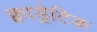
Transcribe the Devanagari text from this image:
क्वाड्रेटिक